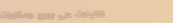
تخفيضات على جميع مستلزمات